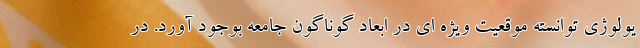
یولوژی توانسته موقعیت ویژه ای در ابعاد گوناگون جامعه بوجود آورد. در